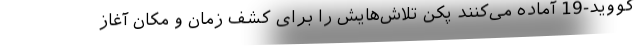
کووید-19 آماده می‌کنند پکن تلاش‌هایش را برای کشف زمان و مکان آغاز